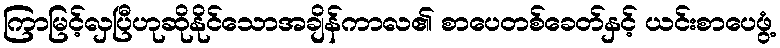
ကြာမြင့်လှပြီဟုဆိုနိုင်သောအချိန်ကာလ၏ စာပေတစ်ခေတ်နှင့် ယင်းစာပေဖွံ့